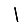
Digit: 1